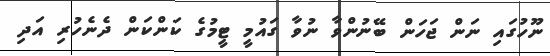
ނޫހުގައި ނަން ޖަހަން ބޭނުންވާ ނުވާ ގައުމީ ޓީމުގެ ކަންކަން ދެނެހުރި އަދި